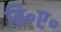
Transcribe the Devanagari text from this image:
बि॰ए॰